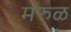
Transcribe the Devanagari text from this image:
मरुळ